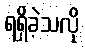
ရရှိခဲ့သလို